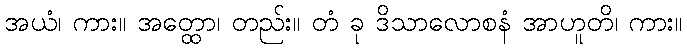
အယံ၊ ကား။ အတ္ထော၊ တည်း။ တံ ခု ဒိသာလောစနံ အာဟူတိ၊ ကား။